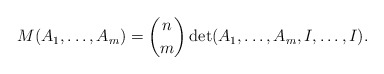
\begin{align*}M(A_1,\dots,A_m)=\binom{n }{m }\det(A_1,\dots,A_m, I,\dots, I).\end{align*}